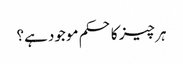
ہر چیز کا حکم موجود ہے؟